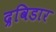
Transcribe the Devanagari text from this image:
द्रविडार